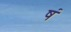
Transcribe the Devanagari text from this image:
षं